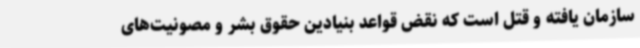
سازمان یافته و قتل است که نقض قواعد بنیادین حقوق بشر و مصونیت‌های